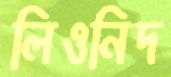
লিওনিদ